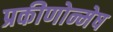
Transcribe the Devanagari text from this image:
प्रकीणोन्मेष